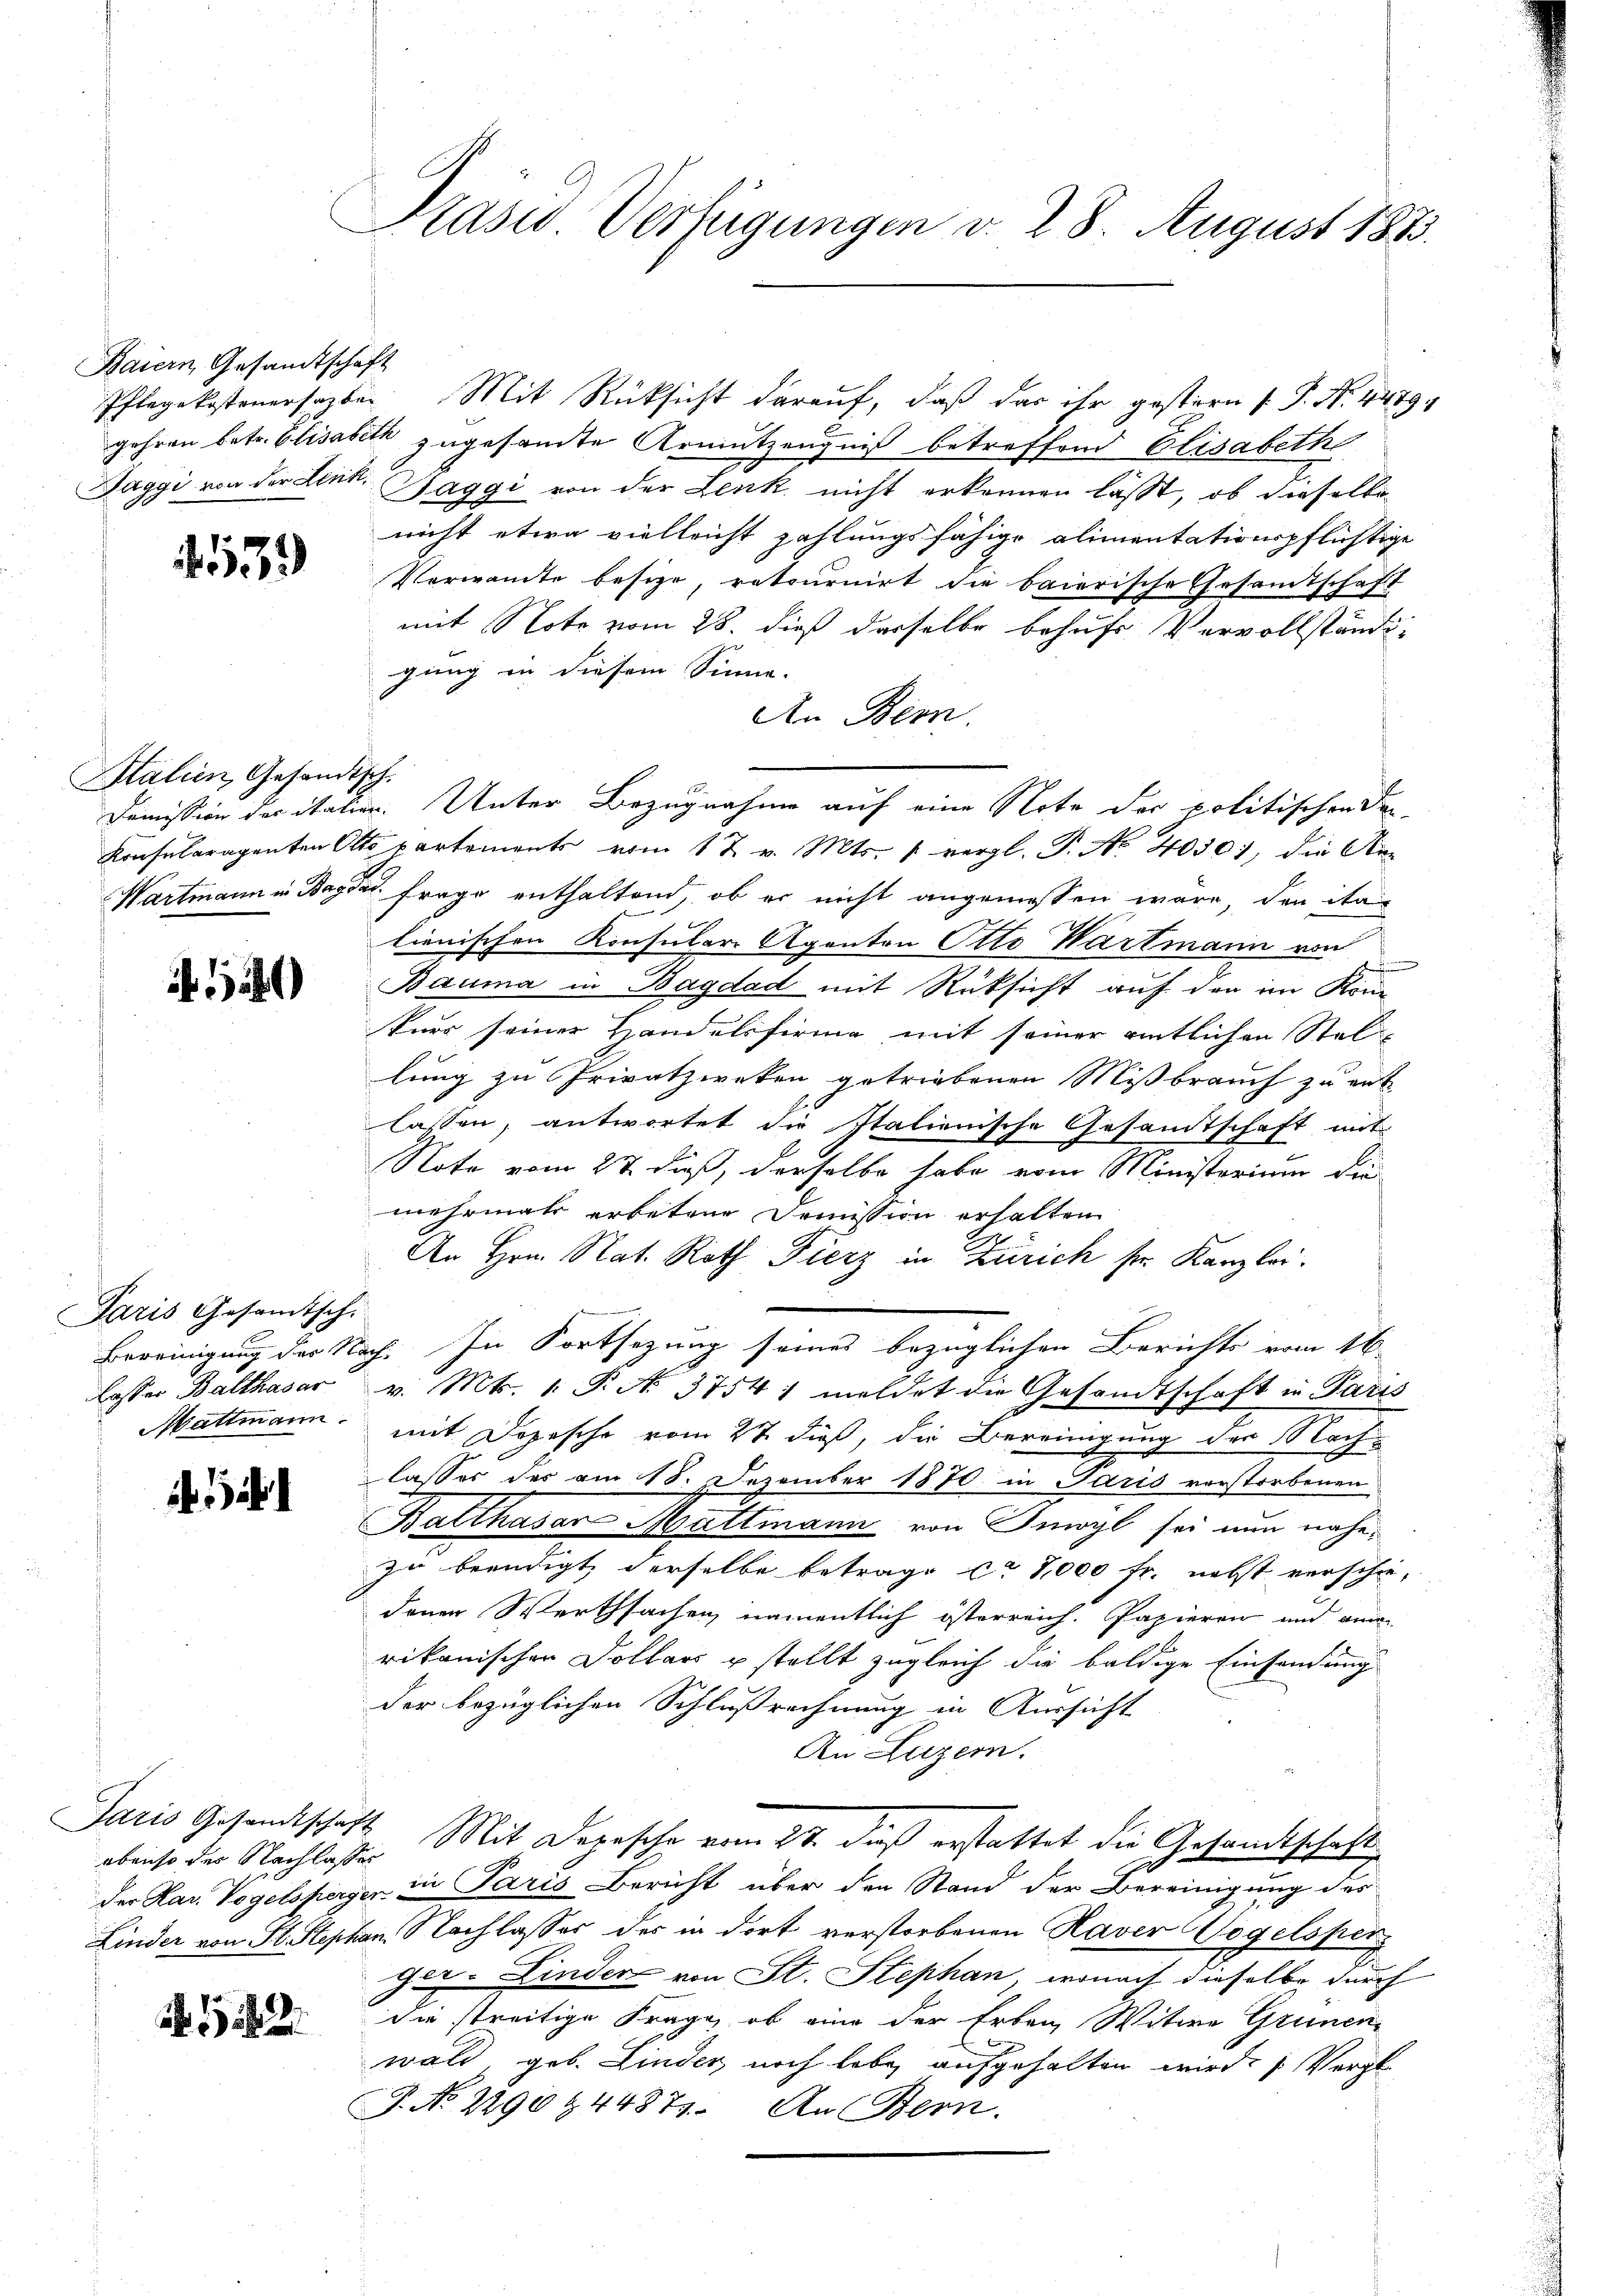
Baiern Gesandtschaft

539

Italien, Gesandtsch.

if. 1244)

Paris Gesandtsch.
lasser Balthasar
Mattmann.

Jaris Gesandtschaft
ebenso der Nachlasser

Präsid. Verfügungen d. 28. August 1833.

E

gehren betr. Elisabeth zugesamte Armutzeugniß betreffend Elisabethe
Jaggi von der Lenk, Haggi von der Lenk nicht erkennen lässt, ob dieselbe
nicht etwa vielleicht zahlungsfähige alimentationspflichtige
Vornamte besize, retournirt die baierische Gesamtschaft
mit Note vom 28. dieß derselbe behufs Vervollständigung in diesem Sinne.
An Bern.
Konsularaganten Orts partements vom 17. v. Mts. 1 vergl. P. No. 40301, die An-
Wartmann in Bagdad Frage enthaltend, ob er nicht angemessen wäre, den ita-
lienischen Konsulare Apanton Otto Wartmann von
Bauma in Bagdad mit Rücksicht auf den im Kön
purs seiner Handelsfirma mit seiner amtlichen Stellung zu Privatzweken getriebenen Mißbrauch zu entlassen, antwortet die Italienische Gesandtschaft mit
Note vom 27 dieß, derselbe habe vom Ministerium die
mehrmals erbetene Demission erhalten
An Hrn. Nat. Roth Fierz in Zürich sr. Kanzlei.
Bereinigung des Nach. In Fortsezung seines bezüglichen Berichts vom 16.
v. Mts. 1. P. Nr. 37541 meldet die Gesandtschaft in Paris
f
mit Dopesche vom 27. dieß, die Bereinigung der Sach-
lasses des am 18. Dezember 1870. in Paris verstorbenen
Balthasar Mattmann von Imoyl sei nun nähe
zu beendigt, derselbe betrage ca 7,000 fr. nebst verschiedenen Werthsachen namentlich österreich. Papieren und ain
rikanischen Dollar u stellt zugleich die baldige Einsendung
der bezüglichen Schlußrechnung in Aussicht
An Luzern.
2. Mit Depesche vom 27. daß erstattet die Gesandtschaft
der Har Vogelsperger in Paris Bericht über den Stand der Bereinigung des
Linder von St. Stephan, Nachlasser des in dort verstorbenen Haver Vogelsper
ger Linder von St. Stephan, wonach dieselbe durch
die streitige Frage, ob eine der Erben, Witwe Grünen-
wald, geb. Linder, noch lebe, aufgehalten wird. (Vergl
7. No 2290 & 4487. An Bern.

Pflegekostenersagten Mit Rücksicht darauf, daß das ihr gestern P. N. 4479.

Demission der italien. Unter Bezugnahme auf eine Note der politischen Dar-